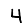
Digit: 4